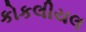
કોકલીયલ